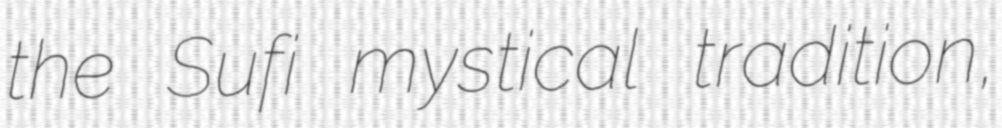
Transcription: the Sufi mystical tradition,